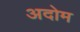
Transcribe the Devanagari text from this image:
अदोम